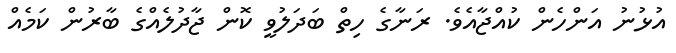
އުޅުނު އަންހެން ކުއްޖާއެވެ. ރަނާގެ ހިތް ބަދަލުވީ ކޮން ޖާދުލެއްގެ ބާރުން ކަމެއް